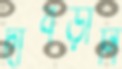
দাবড়ানি